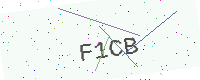
Text: F1CB